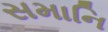
સમાનિ